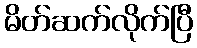
မိတ်ဆက်လိုက်ပြီ